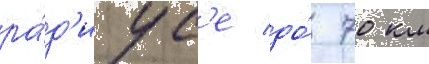
ра́д'иус'е до́ 70 км